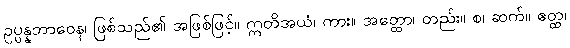
ဥပ္ပန္နဘာဝေန၊ ဖြစ်သည်၏ အဖြစ်ဖြင့်။ ဣတိအယံ၊ ကား။ အတ္ထော၊ တည်း။ စ၊ ဆက်။ ဧတ္ထ၊